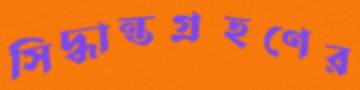
সিদ্ধান্তগ্রহণের